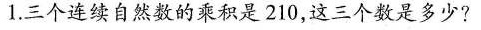
1.三个连续自然数的乘积是210，这三个数是多少？